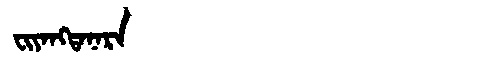
Manchu: ᠸᡳᠶᠠᠩᡨᠠᠨᠠᡵᠠ
Romanization: FIYANGTANARA